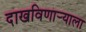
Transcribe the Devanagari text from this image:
दाखविणार्‍याला